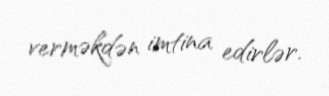
verməkdən imtina edirlər.